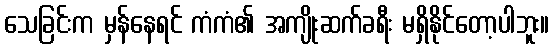
သေခြင်းက မှန်နေရင် ကံကံ၏ အကျိုးဆက်ခရီး မရှိနိုင်တော့ပါဘူး။